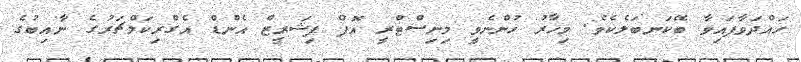
ހައްދަވާފައިވާ ބޭކަނބަލެކެވެ. މިހާރު ހުންނެވީ މިނިސްޓްރީ އޮފް ފިޝަރީޒް އެންޑް އެގްރިކަލްޗަރުގެ ނާއިބުގެ